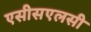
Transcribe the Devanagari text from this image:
एसीसएलसी